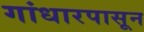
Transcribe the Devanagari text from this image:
गांधारपासून